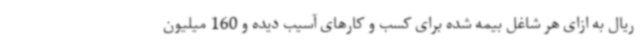
ریال به ازای هر شاغل بیمه شده برای کسب و کارهای آسیب دیده و 160 میلیون